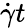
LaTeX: \dot{\gamma}t